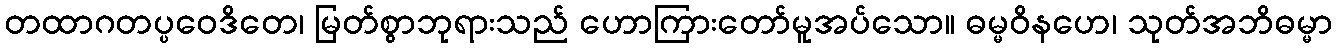
တထာဂတပ္ပဝေဒိတေ၊ မြတ်စွာဘုရားသည် ဟောကြားတော်မူအပ်သော။ ဓမ္မဝိနဟေ၊ သုတ်အဘိဓမ္မာ